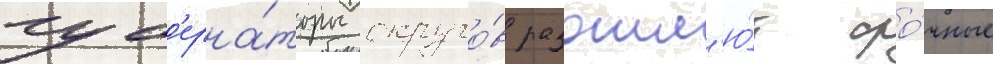
губ'ерна́торы округо́в разошл'ю́т сро́чные